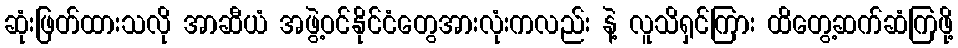
ဆုံးဖြတ်ထားသလို အာဆီယံ အဖွဲ့ဝင်နိုင်ငံတွေအားလုံးကလည်း နဲ့ လူသိရှင်ကြား ထိတွေ့ဆက်ဆံကြဖို့